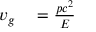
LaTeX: \begin{array} { r l } { v _ { g } } & { { } = { \frac { p c ^ { 2 } } { E } } } \end{array}